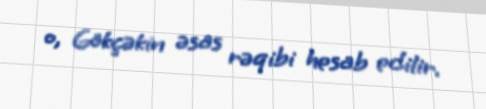
o, Gökçəkin əsas rəqibi hesab edilir.